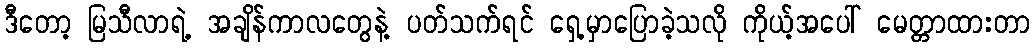
ဒီတော့ မြသီလာရဲ့ အချိန်ကာလတွေနဲ့ ပတ်သက်ရင် ရှေ့မှာပြောခဲ့သလို ကိုယ့်အပေါ် မေတ္တာထားတာ